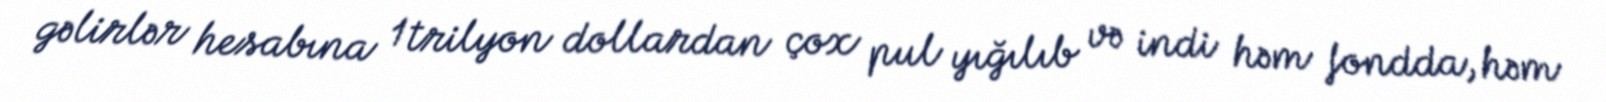
gəlirlər hesabına 1 trilyon dollardan çox pul yığılıb və indi həm fondda, həm